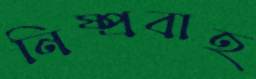
নিষ্প্রবাহ